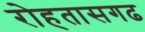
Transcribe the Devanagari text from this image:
रोहतासगढ